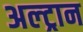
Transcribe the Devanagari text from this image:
अल्ट्रान